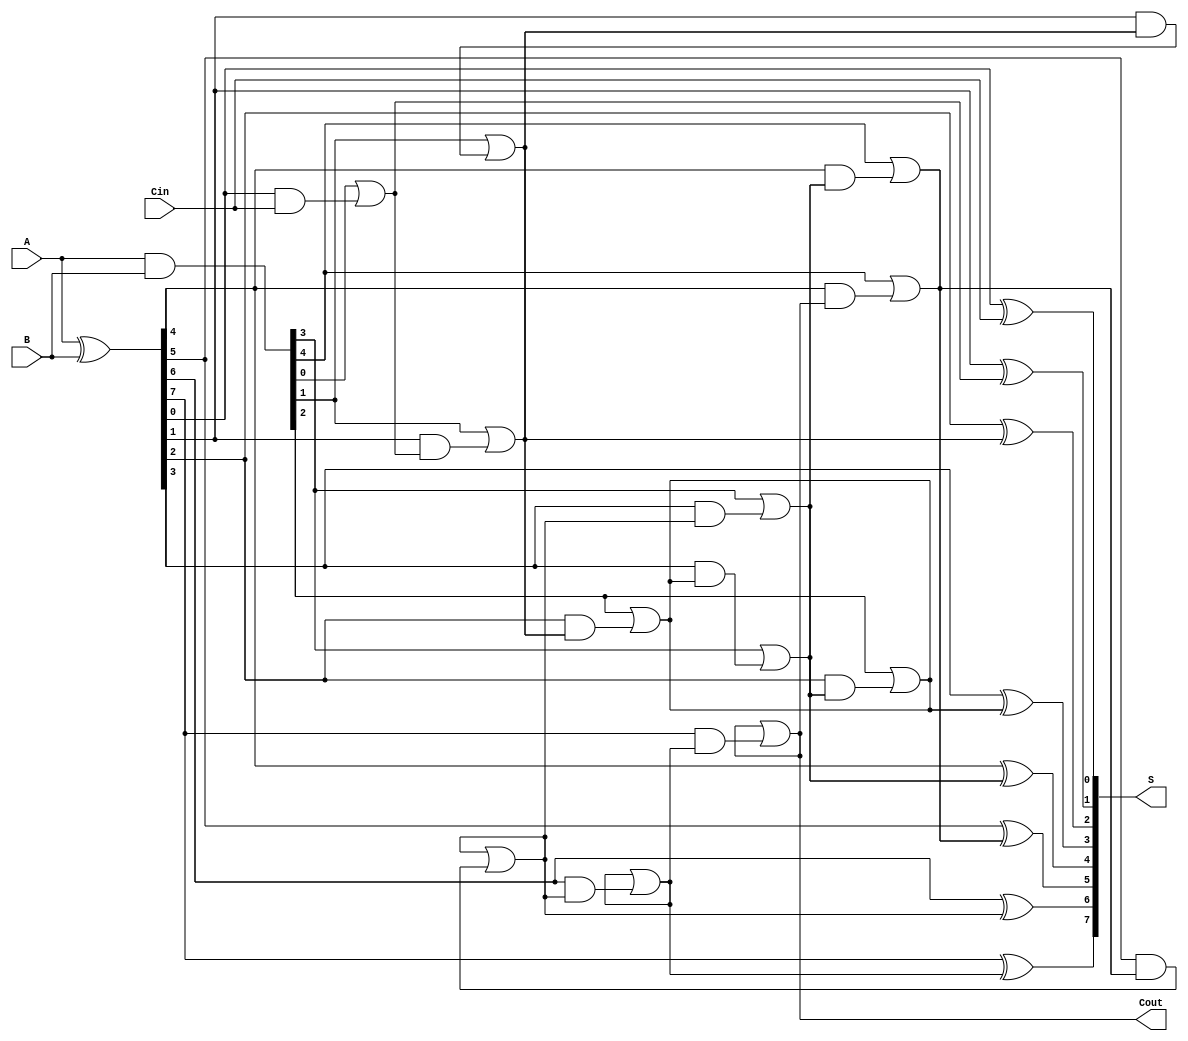
module KoggeStoneAdder #(parameter n = 8) (
    input  [n-1:0] A,       // First operand
    input  [n-1:0] B,       // Second operand
    input         Cin,      // Carry-in
    output [n-1:0] S,       // Sum output
    output        Cout       // Carry-out output
);

    // Internal signals
    wire [n-1:0] P; // Propagate signals
    wire [n-1:0] G; // Generate signals
    wire [n:0] C;   // Carry signals

    // Generate and propagate calculations
    assign P = A ^ B; // P[i] = A[i] XOR B[i]
    assign G = A & B; // G[i] = A[i] AND B[i]

    // Stage 0: Calculate carry signals
    assign C[0] = Cin; // Initial carry-in
    genvar i;
    generate
        for (i = 0; i < n; i = i + 1) begin : carry_stage_0
            assign C[i + 1] = G[i] | (P[i] & C[i]);
        end
    endgenerate

    // Higher stages: Calculate carry signals
    generate
        for (i = 0; i < n; i = i + 1) begin : KoggeStoneStages
            if (i > 0) begin
                wire [n:0] prev_C;
                assign prev_C = C >> (i);
                assign C[i + 1] = G[i] | (P[i] & prev_C[i]);
            end
        end
    endgenerate

    // Sum calculation
    generate
        for (i = 0; i < n; i = i + 1) begin : sum_calculation
            assign S[i] = P[i] ^ C[i]; // S[i] = P[i] XOR C[i]
        end
    endgenerate

    // Final carry-out
    assign Cout = C[n];

endmodule